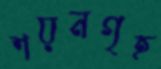
শয়নগৃহ